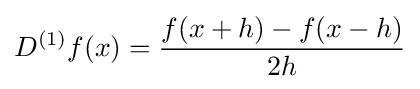
D^{(1)}f(x)={\frac {f(x+h)-f(x-h)}{2h}}